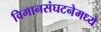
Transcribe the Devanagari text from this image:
विमानसंघटनेमध्ये